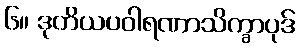
၆။ ဒုတိယပဝါရဏာသိက္ခာပုဒ်